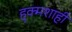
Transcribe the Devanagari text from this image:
हुक्मशाही